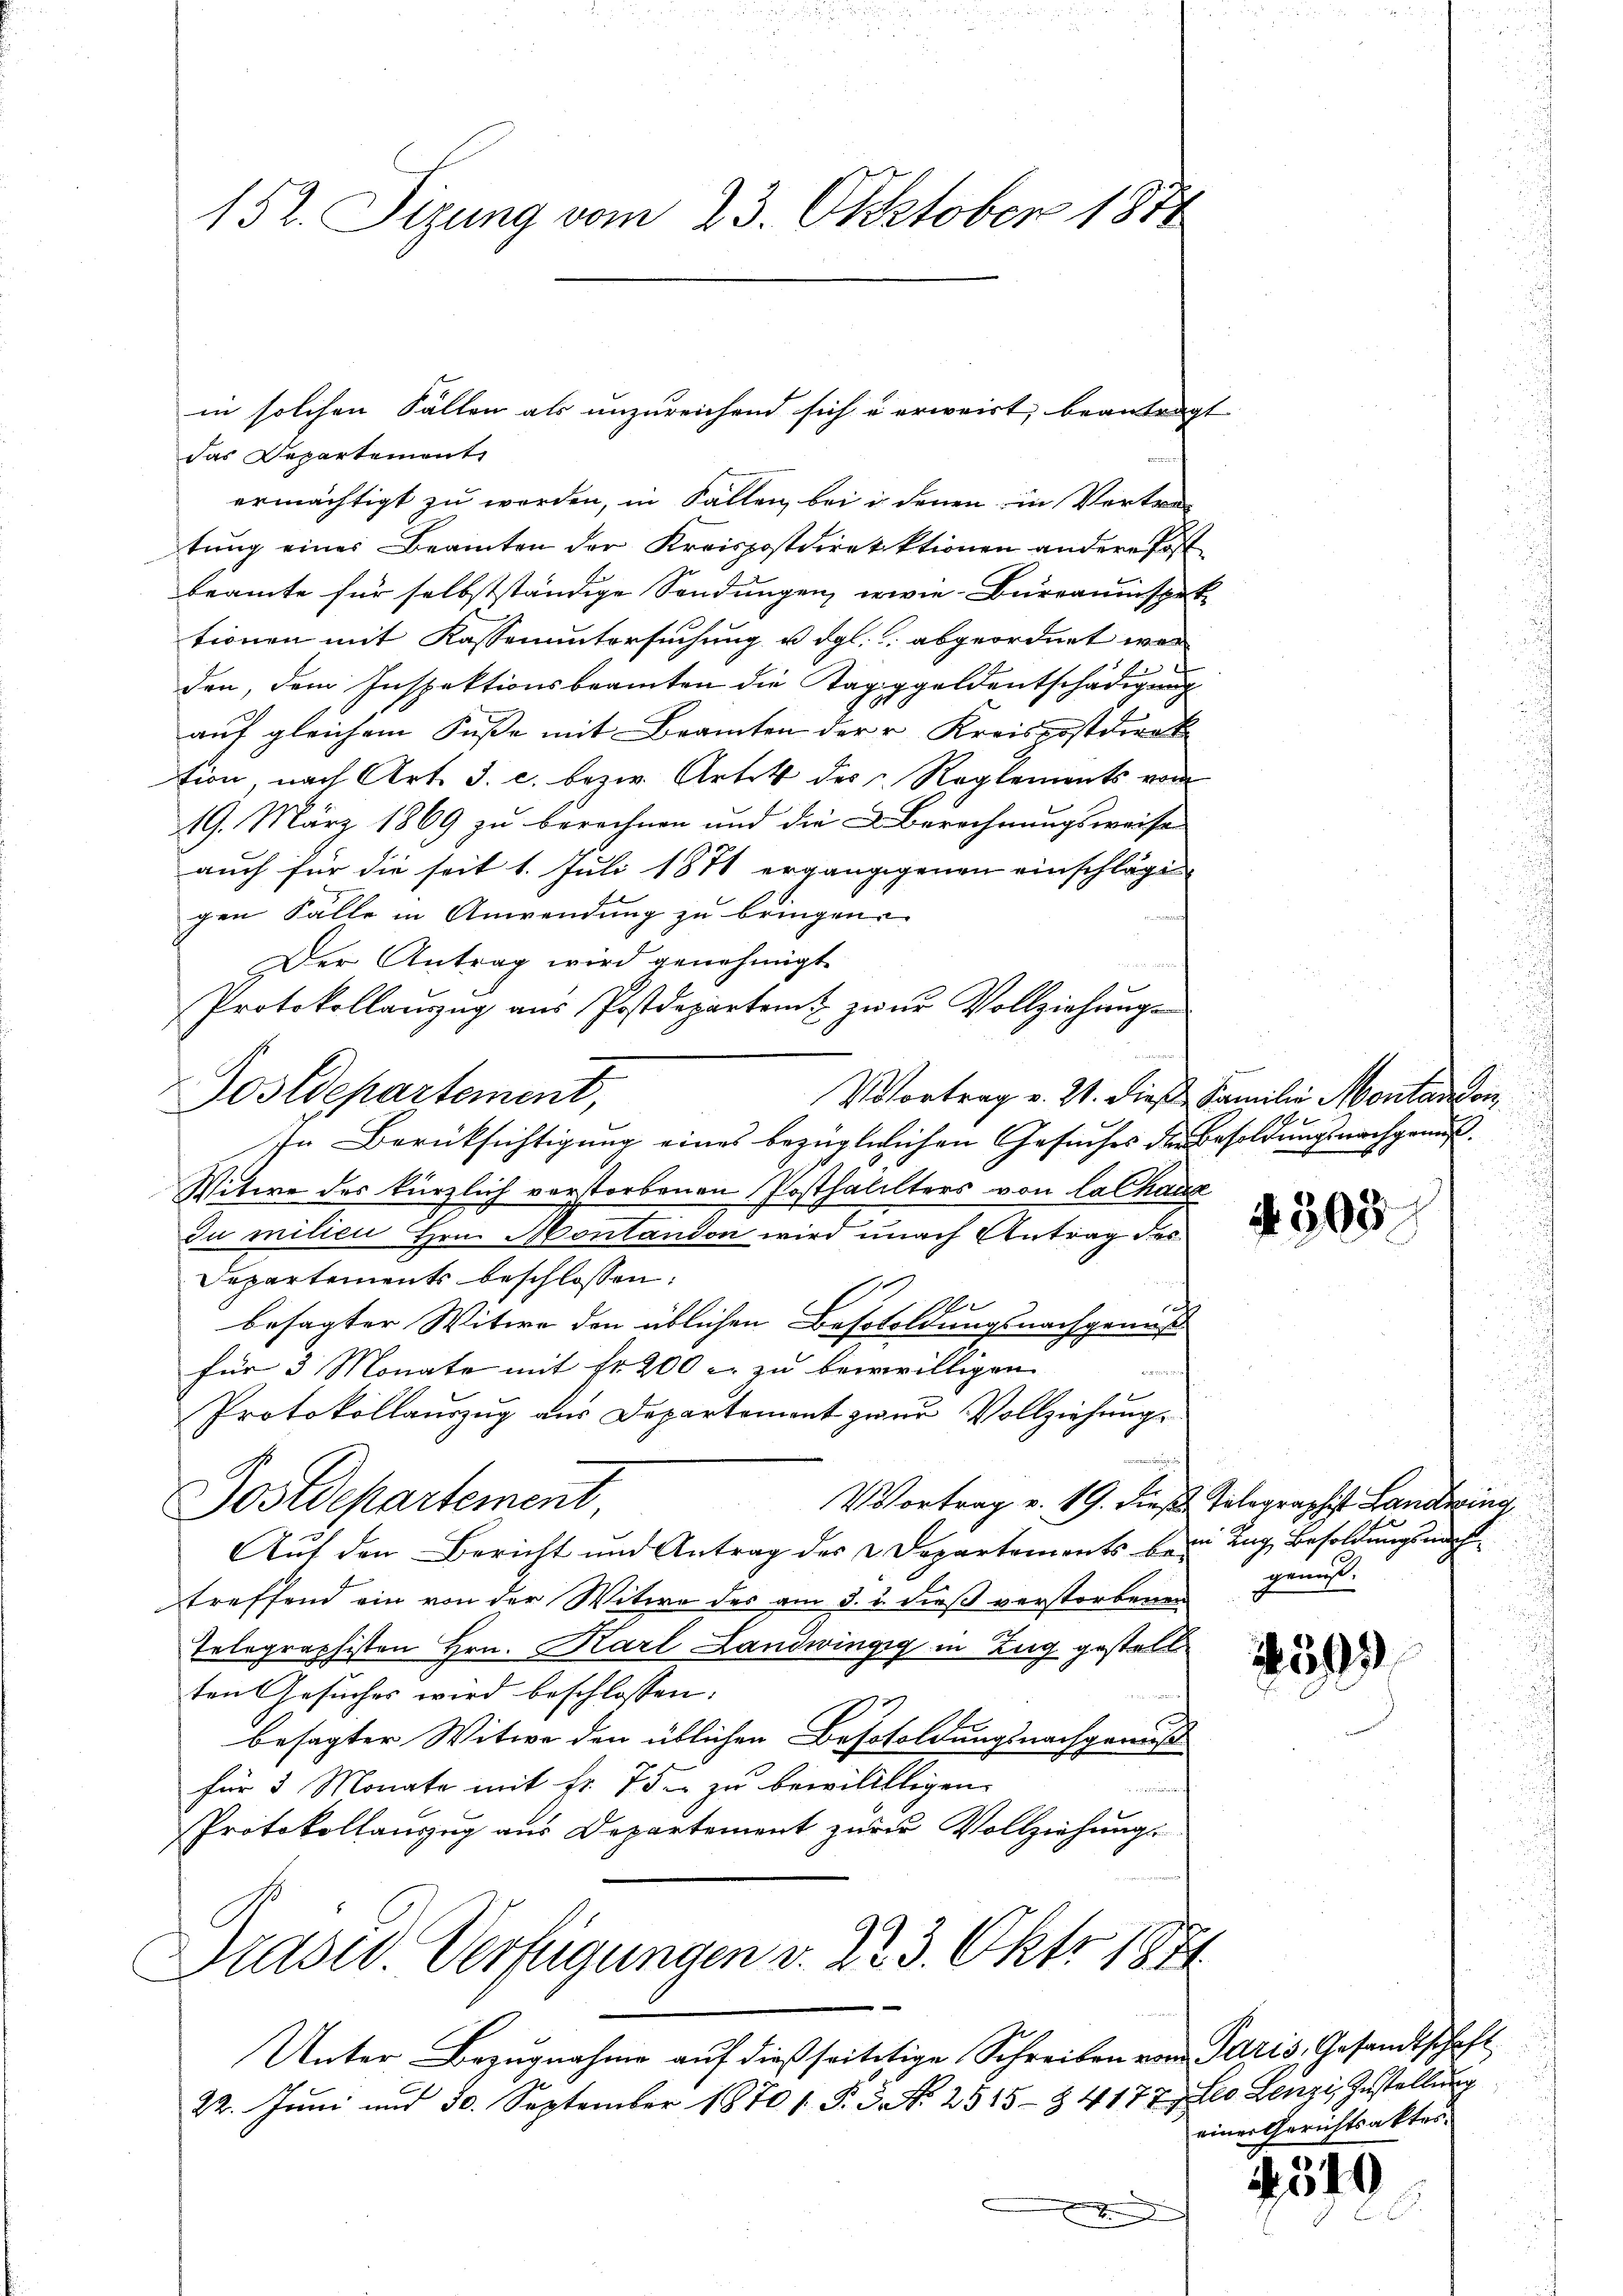
152. Sizung vom 23. Oktober 1874

das Departement
ermächtigt zu werden, in Fallen bei in denen in Vertre
tung eines Beamten der Kreispostdirektionen andere Post
beamte für selbstständige Sendungen, wie Büreauinspektionen mit Kassenuntersuchung u. dgl. abgeordnet wer
den, dem Inspektionsbeamten die Taggeldentschädigung
auf gleichem Fuße mit Beamten der u Kreispostdirek
tion, nach Art. 3. c. bezw. Artet des Reglements von
19. März 1869 zu berechnen und die Berechnungsweise
auch für die seit 1. Juli 1871 ergängigenen einschlägt
gen Fälle in Anwendung zu bringen.
Der Antrag wird genehmigt
Protokollaŭszŭg aŭs Postdeparten zŭr Vollziehung
Vovortrag v. 21. dieß Familie Montandon,
In Berücksichtigung eines bezüglichen Gesuches der Besoldung nachgenuß¬
Witwe des kürzlich vorstorbenen Posthalilters von lalhaus
Du milici Hrn. Montandon wird unach Antrag des
Departements beschlossen:
1
besagter Witwe den üblichen Besololdungsnachgenuß
für 3 Monate mit fr. 200 u. zu bewilligen
74
Protokollauszug aus Departement zwar Vollziehung
Vortrag v. 19. dieß Tolographist Landwing
Postdepartement,
Auf den Bericht und Antrag des Departements bei Tag Besoldungsnach
treffend ein von der Witwe des am 3. u. dieß verstorbenen gemuß¬
Telographisten Hrn. Karl Landwingig in Zug gestellten Gesuches wird beschlossen:
besagter Witwe den üblichen Besosoldungsnachgemeß
für 3 Monate mit fr. 75. zu bewililtigen.
Protokollauszug aus Departement zur Vollziehung
Drasc. Verfügungen v. 223. Okt. 1871

Postdepartement,

in solchen Fällen als unzureichend sich u erweist, beantragt

Unter Bezugnahme auf dießseitetige Schreiben von Paris, Gesandtschaft
22. Jŭni und 30. September 1870 s. S. 3. No. 2515- § 4177, Leo Lenzi, Zustellŭng
b

4305

5

einer Gerichtsaktes.

2519